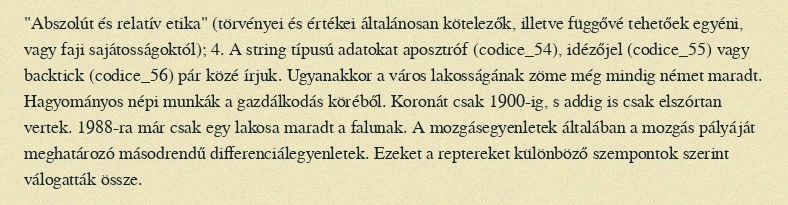
"Abszolút és relatív etika" (törvényei és értékei általánosan kötelezők, illetve függővé tehetőek egyéni, vagy faji sajátosságoktól); 4. A string típusú adatokat aposztróf (codice_54), idézőjel (codice_55) vagy backtick (codice_56) pár közé írjuk. Ugyanakkor a város lakosságának zöme még mindig német maradt. Hagyományos népi munkák a gazdálkodás köréből. Koronát csak 1900-ig, s addig is csak elszórtan vertek. 1988-ra már csak egy lakosa maradt a falunak. A mozgásegyenletek általában a mozgás pályáját meghatározó másodrendű differenciálegyenletek. Ezeket a reptereket különböző szempontok szerint válogatták össze.